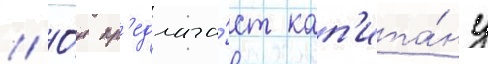
// О́н пр'едлага́ет кап'ита́ну